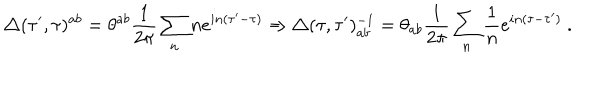
\triangle ( \tau ^ { \prime } , \tau ) ^ { a b } = \theta ^ { a b } \frac { 1 } { 2 \pi } \sum _ { n } n e ^ { i n ( \tau ^ { \prime } - \tau ) } \Rightarrow \triangle ( \tau , \tau ^ { \prime } ) _ { a b } ^ { - 1 } = \theta _ { a b } \frac { 1 } { 2 \pi } \sum _ { n } \frac { 1 } { n } e ^ { i n ( \tau - \tau ^ { \prime } ) } \ .